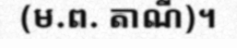
(ម.ព. តាណី)។